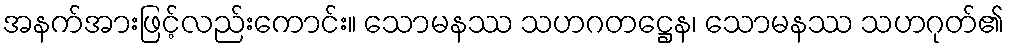
အနက်အားဖြင့်လည်းကောင်း။ သောမနဿ သဟဂတဋ္ဌေန၊ သောမနဿ သဟဂုတ်၏